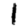
Digit: 1